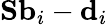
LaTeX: \mathbf{S}\mathbf{b}_{i}-\mathbf{d}_{i}